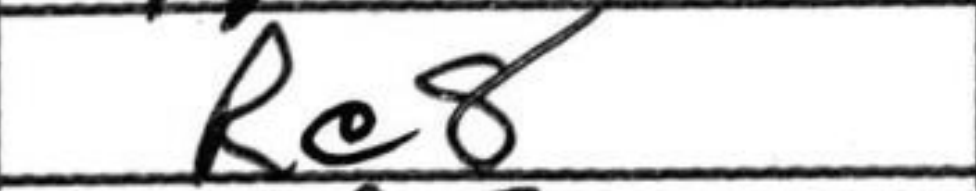
Transcription: Re8